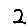
Digit: 2